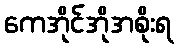
ကေအိုင်အိုအစိုးရ